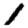
Digit: 1